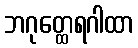
ဘဂုတ္ထေရဂါထာ